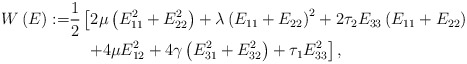
\begin{align*}W\left(E\right):= & \frac{1}{2}\left[2\mu\left(E_{11}^{2}+E_{22}^{2}\right)+\lambda\left(E_{11}+E_{22}\right)^{2}+2\tau_{2}E_{33}\left(E_{11}+E_{22}\right)\right.\\ & \quad\left.+4\mu E_{12}^{2}+4\gamma\left(E_{31}^{2}+E_{32}^{2}\right)+\tau_{1}E_{33}^{2}\right],\end{align*}